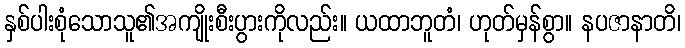
နှစ်ပါးစုံသောသူ၏အကျိုးစီးပွားကိုလည်း။ ယထာဘူတံ၊ ဟုတ်မှန်စွာ။ နပဇာနာတိ၊